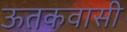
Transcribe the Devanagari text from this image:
ऊतकवासी